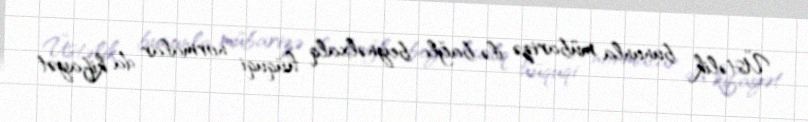
Üstəlik bununla mübarizə ilə bağlı beynəlxalq hüquqi normalar da kifayət